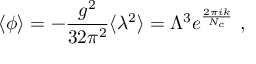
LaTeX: \langle \phi \rangle = - \frac { g ^ { 2 } } { 3 2 \pi ^ { 2 } } \langle \lambda ^ { 2 } \rangle = \Lambda ^ { 3 } e ^ { \frac { 2 \pi i k } { N _ { c } } } \ ,